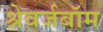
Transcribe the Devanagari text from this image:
श्रेवर्जबॉम